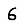
Digit: 6